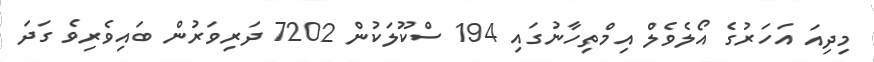
މިދިއަ އަހަރުގެ އޯލެވެލް އިމްތިހާނުގައި 194 ސްކޫލަކުން 7202 ދަރިވަރުން ބައިވެރިވެ ގަދަ